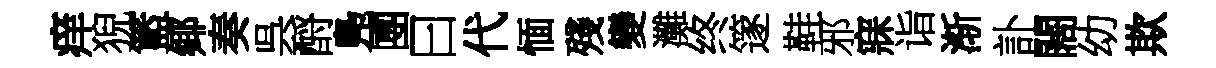
痒猊籃鄊奏呉酹鳬圑曰代愐殘變灘终篴鞋邪寐诣渐訃闊幼欺